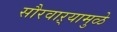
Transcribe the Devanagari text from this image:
सौरवाऱ्यामुळे